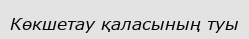
Көкшетау қаласының туы